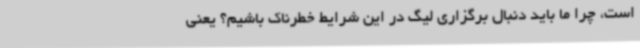
است، چرا ما باید دنبال برگزاری لیگ در این شرایط خطرناک باشیم؟ یعنی